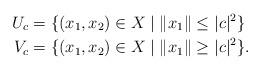
LaTeX: \begin{align*} U_c &= \{ (x_1, x_2) \in X \mid \Vert x_1 \Vert \leq \vert c \vert ^ 2 \} \\ V_c &= \{ (x_1, x_2) \in X \mid \Vert x_1 \Vert \geq \vert c \vert ^ 2 \} . \end{align*}